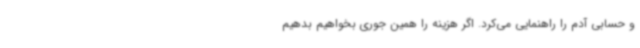
و حسابی آدم را راهنمایی می‌کرد. اگر هزینه را همین جوری بخواهیم بدهیم